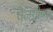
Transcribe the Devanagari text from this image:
वेलग्रीन्स